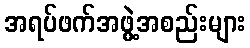
အရပ်ဖက်အဖွဲ့အစည်းများ